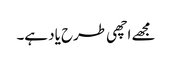
مجھے اچھی طرح یاد ہے۔